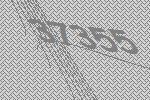
37355